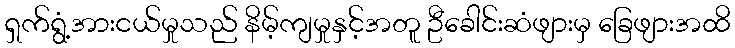
ရှက်ရွံ့အားငယ်မှုသည် နိမ့်ကျမှုနှင့်အတူ ဦခေါင်းဆံဖျားမှ ခြေဖျားအထိ